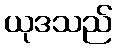
ယုဒသည်